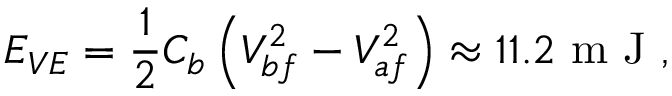
E _ { V E } = \frac { 1 } { 2 } C _ { b } \left( V _ { b f } ^ { 2 } - V _ { a f } ^ { 2 } \right) \approx 1 1 . 2 \mathrm { ~ m ~ J ~ } ,